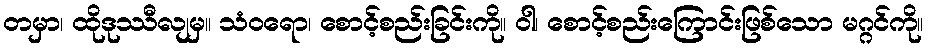
တမှာ၊ ထိုဒုဿီလျမှ။ သံဝရော၊ စောင့်စည်းခြင်းကို။ ဝါ၊ စောင့်စည်းကြောင်းဖြစ်သော မဂ္ဂင်ကို။